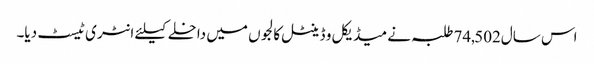
اس سال74,502 طلبہ نے میڈیکل و ڈینٹل کالجوں میں داخلے کیلئے انٹری ٹیسٹ دیا۔